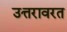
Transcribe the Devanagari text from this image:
उत्तरावरत